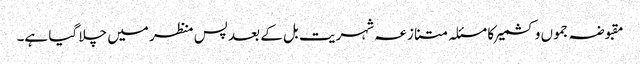
مقبوضہ جموں وکشمیر کا مسئلہ متنازعہ شہریت بل کے بعد پس منظر میں چلا گیا ہے۔